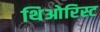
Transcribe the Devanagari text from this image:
थिओरिस्ट